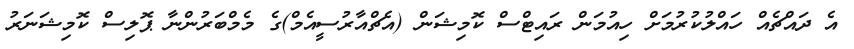
އެ ދައްޗެއް ހައްލުކުރުމަށް ހިއުމަން ރައިޓްސް ކޮމިޝަން (އެޗްއާރުސީއެމް)ގެ މެމްބަރުންނާ ޕޮލިސް ކޮމިޝަނަރު